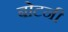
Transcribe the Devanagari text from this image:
बोटनी